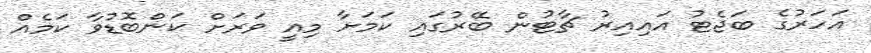
އަހަރުގެ ބަޖެޓު އައިއިރު ޗާޓުން ބޭރުގައި ކަމަށާ މިއީ ވަރަށް ކަންބޮޑުވާ ކަމެއް